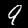
Digit: 9